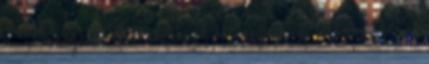
a Támogatás elemre, majd válassza ki a Támogatás és